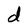
Character: d